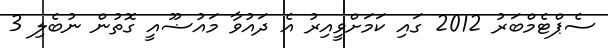
ސެޕްޓެމްބަރު 2012 ގައި ކަމަށްވީއިރު އެ ދައުވާ މައުޟޫއީ ގޮތުން ނުބެލި 3